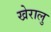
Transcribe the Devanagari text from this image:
खेरालु